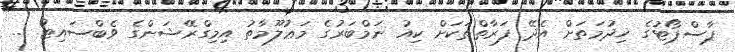
ޕާސްޕޯޓުގެ ޚިދުމަތަށް އެދޭ ފަރާތްތަކަށް ކިއު ނަމްބަރުގެ މަޢުލޫމާތު އިމިގްރޭޝަންގެ ވެބްސައިޓު ...